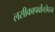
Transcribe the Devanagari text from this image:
लसीकापर्वोच्छेदन